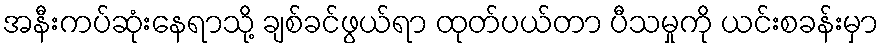
အနီးကပ်ဆုံးနေရာသို့ ချစ်ခင်ဖွယ်ရာ ထုတ်ပယ်တာ ပီသမှုကို ယင်းစခန်းမှာ